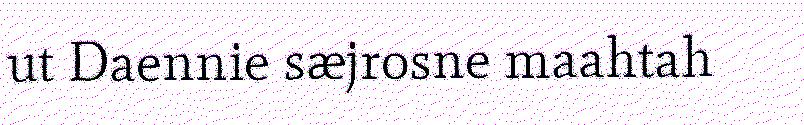
ut Daennie sæjrosne maahtah